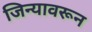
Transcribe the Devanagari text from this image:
जिन्यावरून